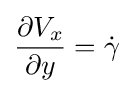
{\frac {\partial V_{x}}{\partial y}}={\dot {\gamma }}